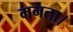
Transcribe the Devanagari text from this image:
मनता।